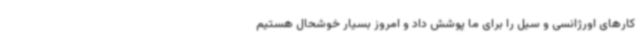
کارهای اورژانسی و سیل را برای ما پوشش داد و امروز بسیار خوشحال هستیم